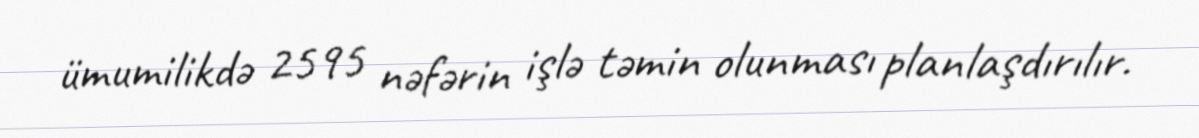
ümumilikdə 2595 nəfərin işlə təmin olunması planlaşdırılır.